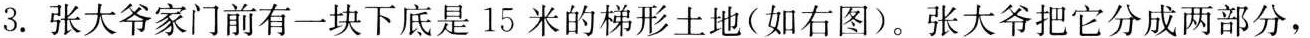
3.张大爷家门前有一块下底是15米的梯形土地(如右图)。张大爷把它分成两部分，